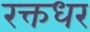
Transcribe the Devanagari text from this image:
रक्तधर